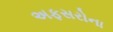
અફસરોના